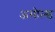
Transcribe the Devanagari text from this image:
अमोल्ड